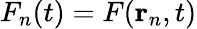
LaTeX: F_{n}(t)=F(\mathbf{r}_{n},t)